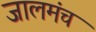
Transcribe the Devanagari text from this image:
जालमंच